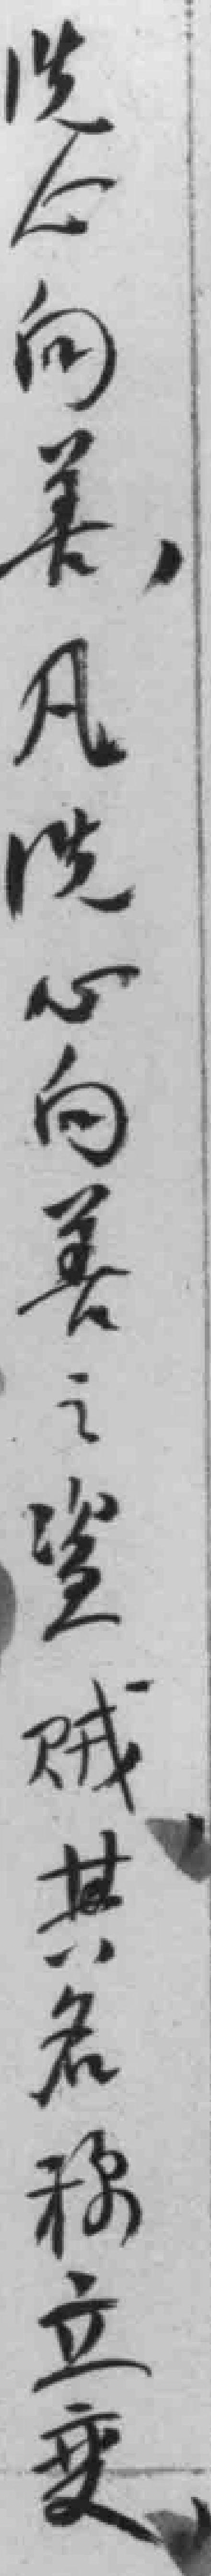
洗心向善，凡洗心向善之盗贼其名称立变，